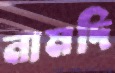
নামদি